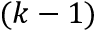
( k - 1 )